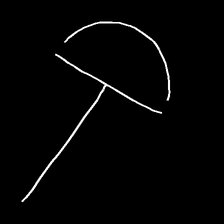
Glyph: dispersion